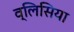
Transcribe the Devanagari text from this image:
व्लिसिया